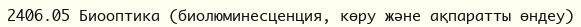
2406.05 Биооптика (биолюминесценция, көру және ақпаратты өндеу)